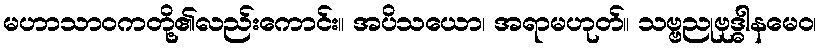
မဟာသာဝကတို့၏လည်းကောင်း။ အပိသယော၊ အရာမဟုတ်။ သဗ္ဗညုဗုဒ္ဓါနမေဝ၊